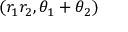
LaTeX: ( r _ { 1 } r _ { 2 } , \theta _ { 1 } + \theta _ { 2 } )